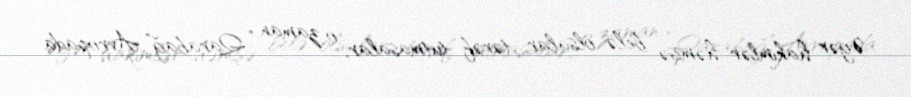
Əgər hakimlər həmişə belə olsalar, tərəf tutmasalar, o zaman “Qarabağ” Avropada